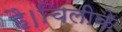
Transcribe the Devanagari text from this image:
है।चिलीके